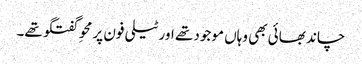
چاند بھائی بھی وہاں موجود تھے اور ٹیلی فون پر محوِ گفتگو تھے۔